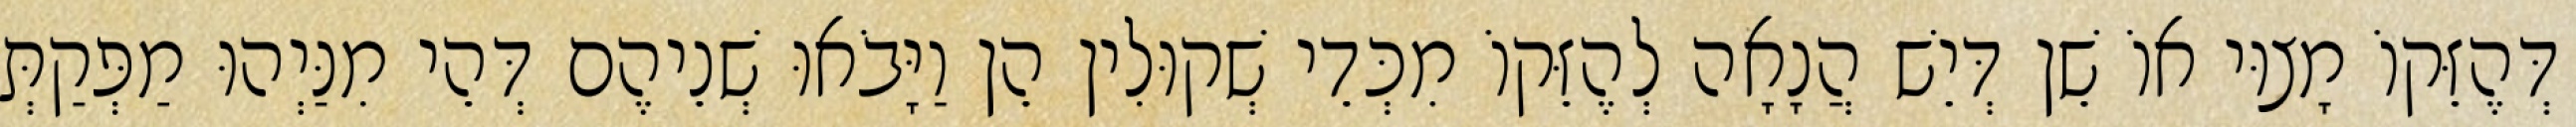
דְּהֶזֵּקוֹ מָצוּי אוֹ שֵׁן דְּיֵשׁ הֲנָאָה לְהֶזֵּקוֹ מִכְּדֵי שְׁקוּלִין הֵן וַיָּבֹאוּ שְׁנֵיהֶם דְּהֵי מִנַּיְהוּ מַפְּקַתְּ